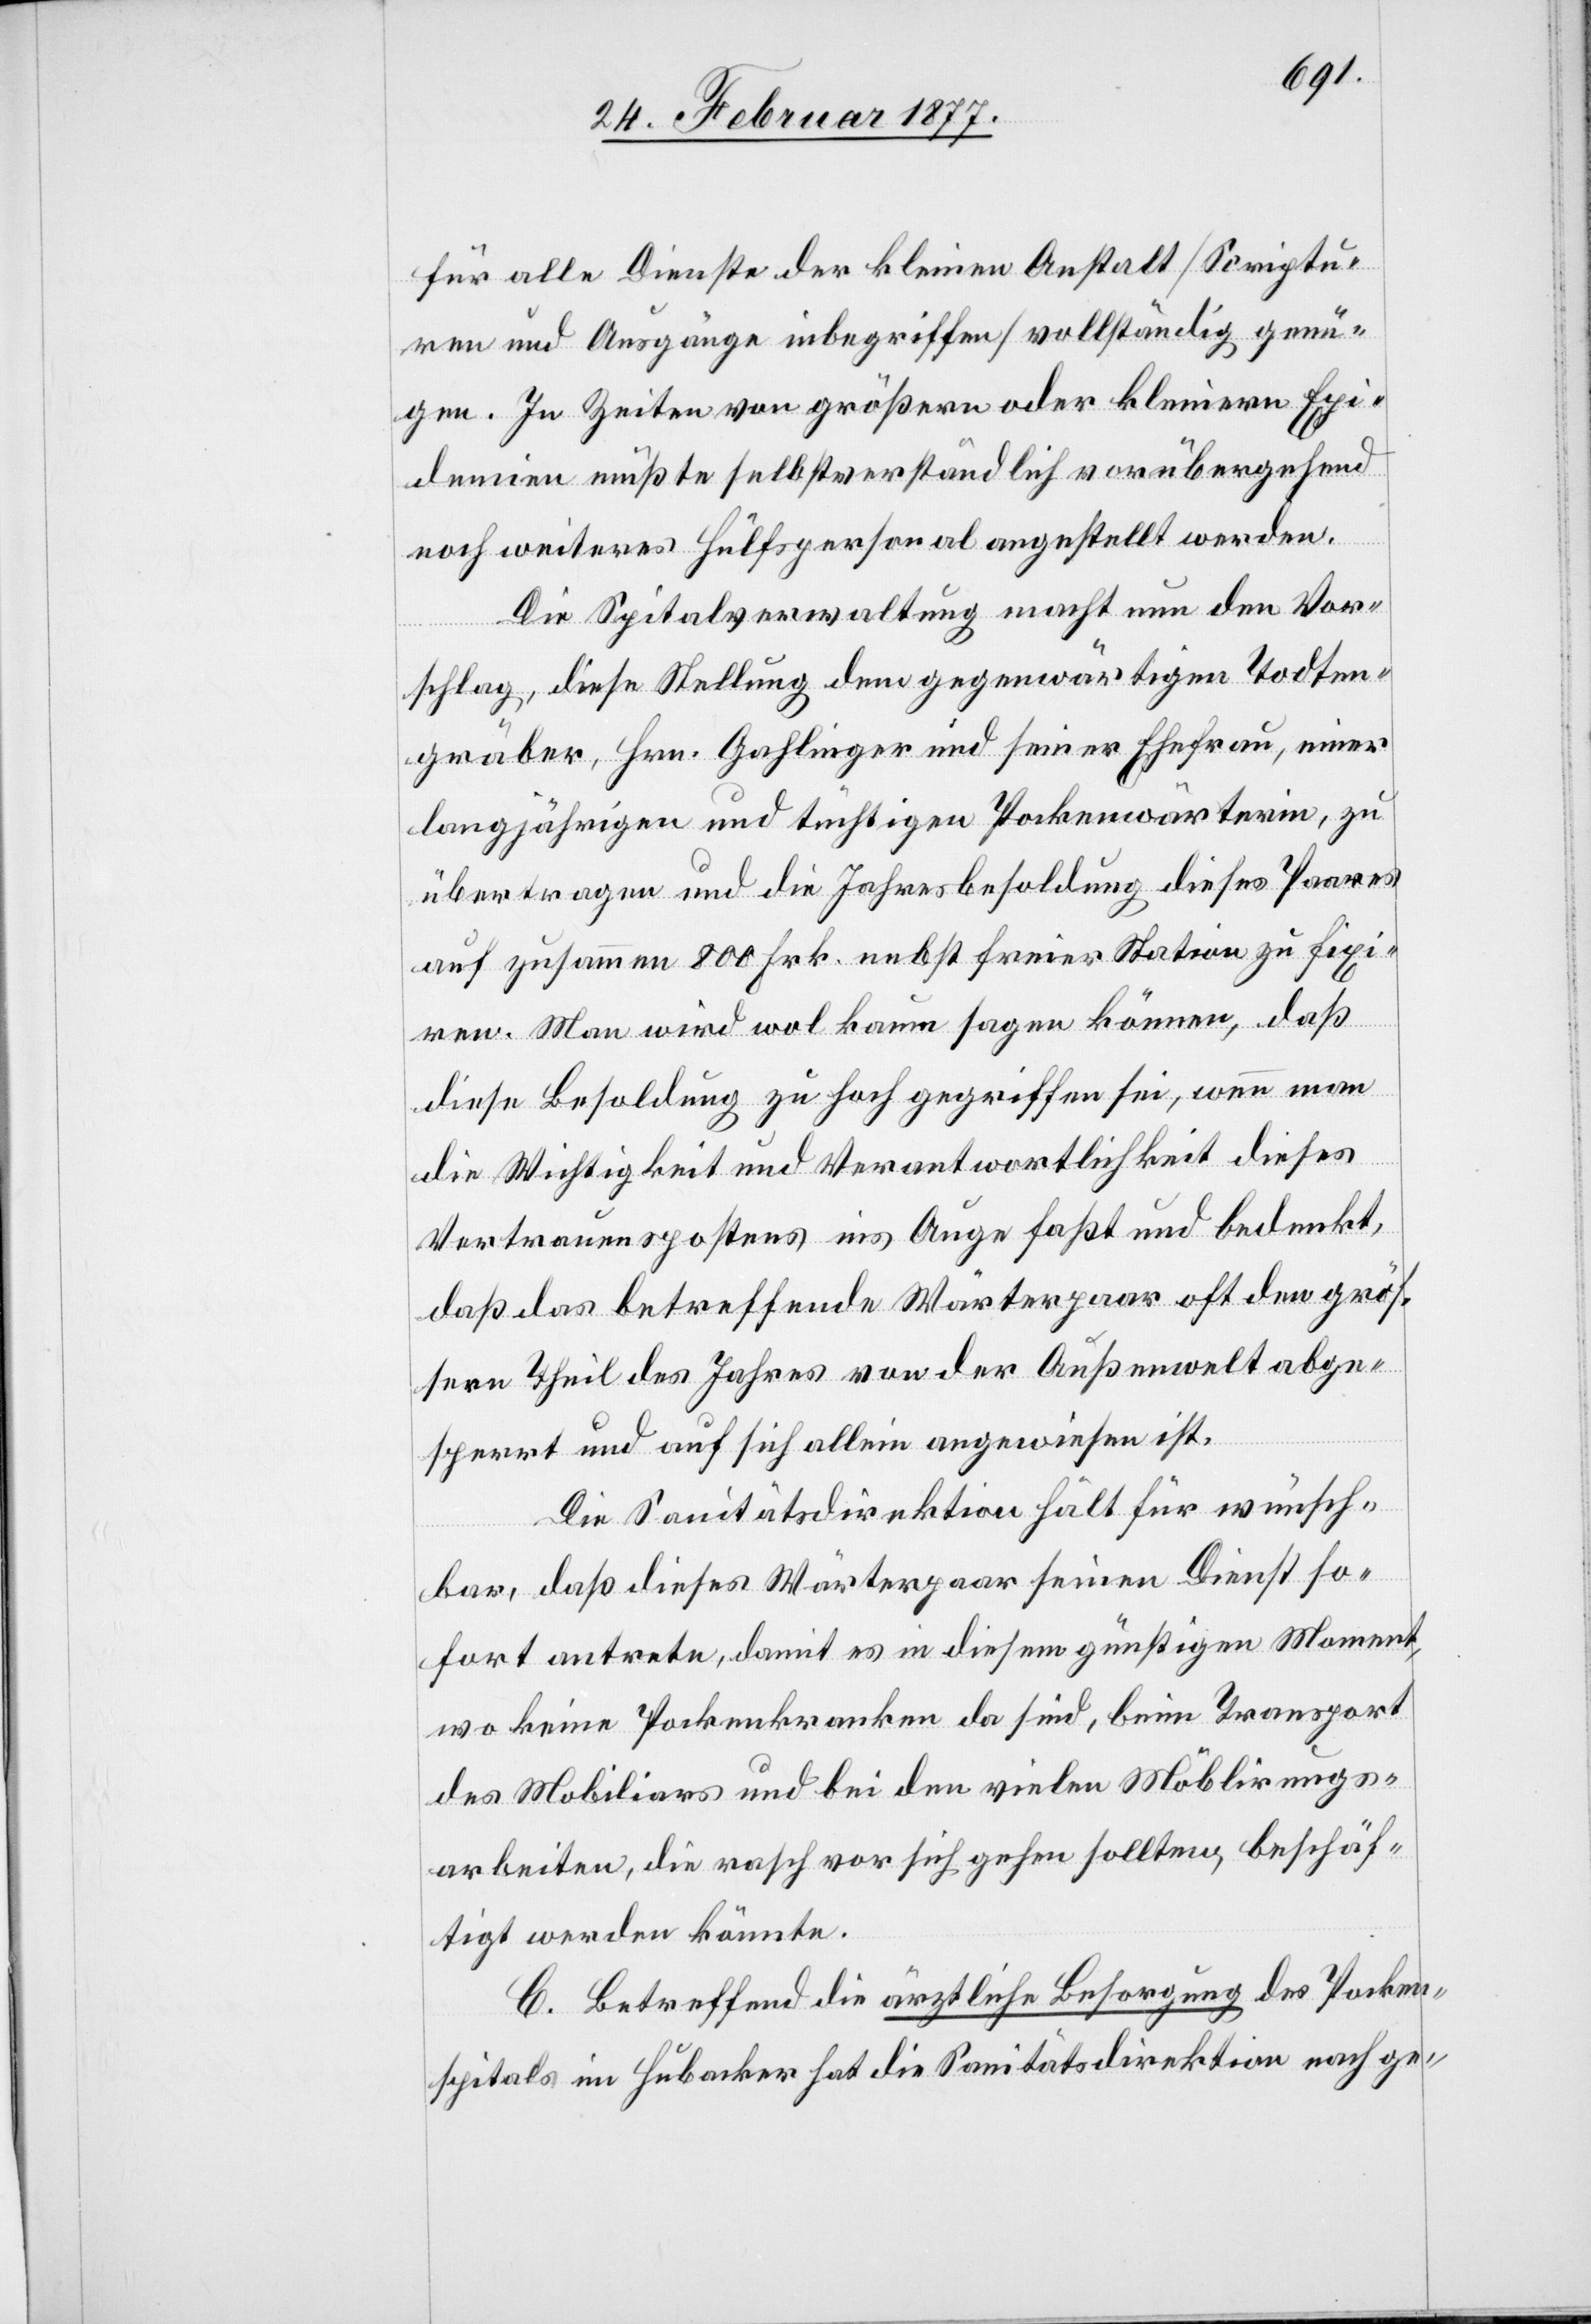
für alle Dienste der kleinen Anstalt [Seriptu¬
ren und Ausgänge inbegriffen] vollständig genü¬
gen. In Zeiten von größern oder kleinern Epi¬
demien müßte selbstverständlich vorübergehend
noch weiteres Hülfspersonal angestellt werden.
Die Spitalverwaltung macht nun den Vor¬
schlag, diese Stellung dem gegenwärtigen Todten¬
gräber, Hrn. Gahlinger und seiner Ehefrau, einer
langjährigen und tüchtigen Pockenwärterin, zu
übertragen und die Jahresbesoldung dieses Paares
auf zusammen 800 Frk. nebst freier Station zu fixi¬
ren. Man wird wol kaum sagen können, daß
diese Besoldung zu hoch gegriffen sei, wenn man
die Wichtigkeit und Verantwortlichkeit dieses
Vertrauenspostens ins Auge faßt und bedenkt,
daß das betreffende Wärterpaar oft den grös¬
sern Theil des Jahres von der Außenwelt abge¬
sperrt und auf sich allein angewiesen ist.
Die Sanitätsdirektion hält für wünsch¬
bar, daß dieses Wärterpaar seinen Dienst so¬
fort antrete, damit es in diesem günstigen Moment,
wo keine Pockenkranken da sind, beim Transport
des Mobiliars und bei den vielen Möblirungs¬
arbeiten, die rasch vor sich gehen sollten, beschäf¬
tigt werden könnte.
C. Betreffend die ärztliche Besorgung des Pocken¬
spitals im Hubacker hat die Sanitätsdirektion nach ge-